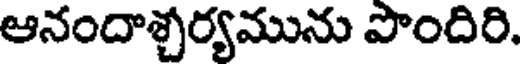
ఆనందాశ్చర్యమును పొందిరి.